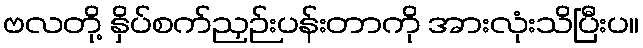
ဗလတို့ နှိပ်စက်ညှဉ်းပန်းတာကို အားလုံးသိပြီးပ။